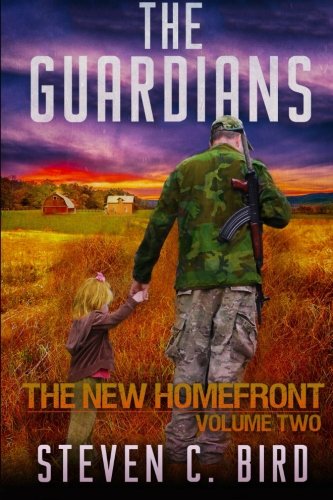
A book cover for The Guardians: The New Homefront, Volume 2; Steven C. Bird; Science Fiction & Fantasy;